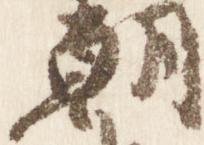
朝